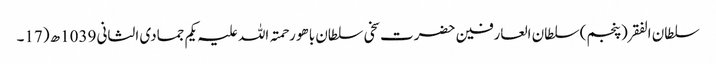
سلطان الفقر(پنجم) سلطان العارفین حضرت سخی سلطان باھو رحمتہ اللہ علیہ یکم جمادی الثانی 1039ھ (17۔